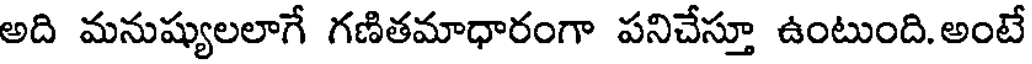
అది మనుష్యులలాగే గణితమాధారంగా పనిచేస్తూ ఉంటుంది. అంటే